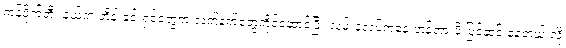
ကန်ပိုက်တီး နယ်က ဘိန်းခင်းရှင်တွေက လက်နက်တွေကိုင်ဆောင်ပြီး လမ်းခုလပ်ကနေ ဟန့်တားဖို့ ပြင်ဆင် နေတယ် လို့